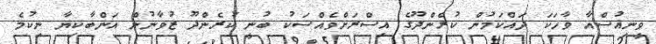
ވީނިއުސްއާ ވާހަކަ ދައްކަމުން ކުރެންދޫގެ އިސްރަށްވެއްސަކު ބުނީ ކުރެންދޫ ޒުވާނުން އަންބާކިޔާ ނިކުމެ